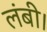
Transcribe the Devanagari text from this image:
लंबी।